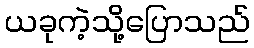
ယခုကဲ့သို့ပြောသည်